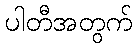
ပါတီအတွက်